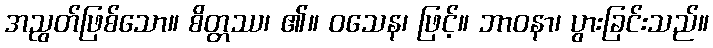
အညွတ်ဖြစ်သော။ စိတ္တဿ၊ ၏။ ဝသေန၊ ဖြင့်။ ဘာဝနာ၊ ပွားခြင်းသည်။